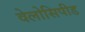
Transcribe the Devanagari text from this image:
वेलोसिपीड